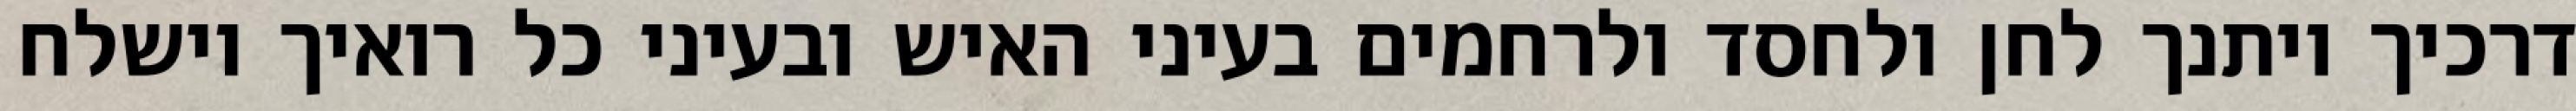
דרכיך ויתנך לחן ולחסד ולרחמים בעיני האיש ובעיני כל רואיך וישלח